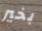
بخير